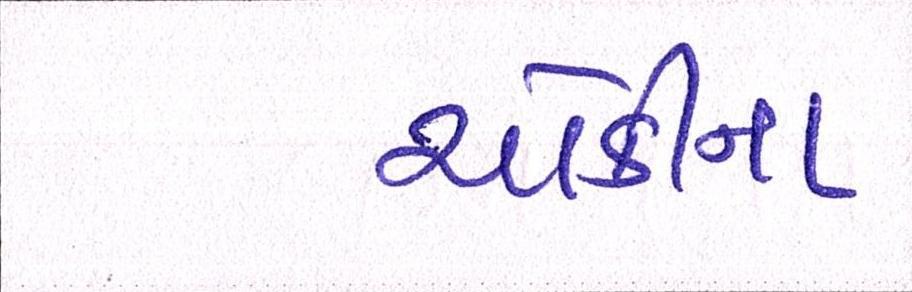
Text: ચોકીના